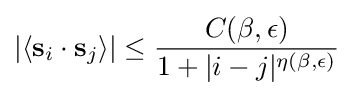
|\langle \mathbf {s} _{i}\cdot \mathbf {s} _{j}\rangle |\leq {\frac {C(\beta ,\epsilon )}{1+|i-j|^{\eta (\beta ,\epsilon )}}}